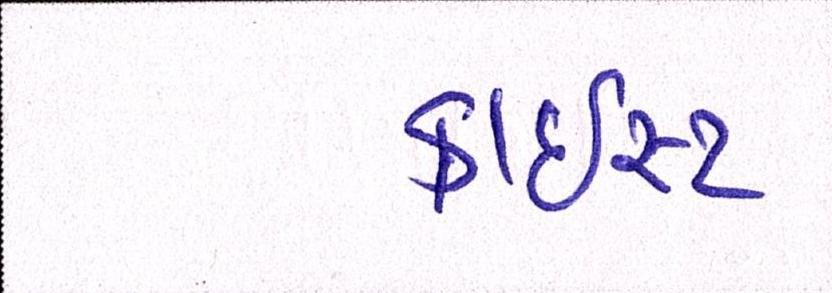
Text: ક્રાઇસ્ટ